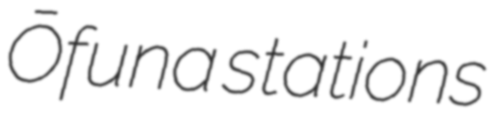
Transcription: Ōfuna stations